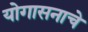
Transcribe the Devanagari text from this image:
योगासनाचे